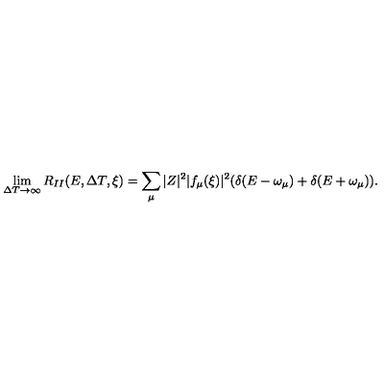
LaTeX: \lim _ { \Delta T \rightarrow \infty } R _ { I I } ( E , \Delta T , \xi ) = \sum _ { \mu } | Z | ^ { 2 } | f _ { \mu } ( \xi ) | ^ { 2 } ( \delta ( E - \omega _ { \mu } ) + \delta ( E + \omega _ { \mu } ) ) .